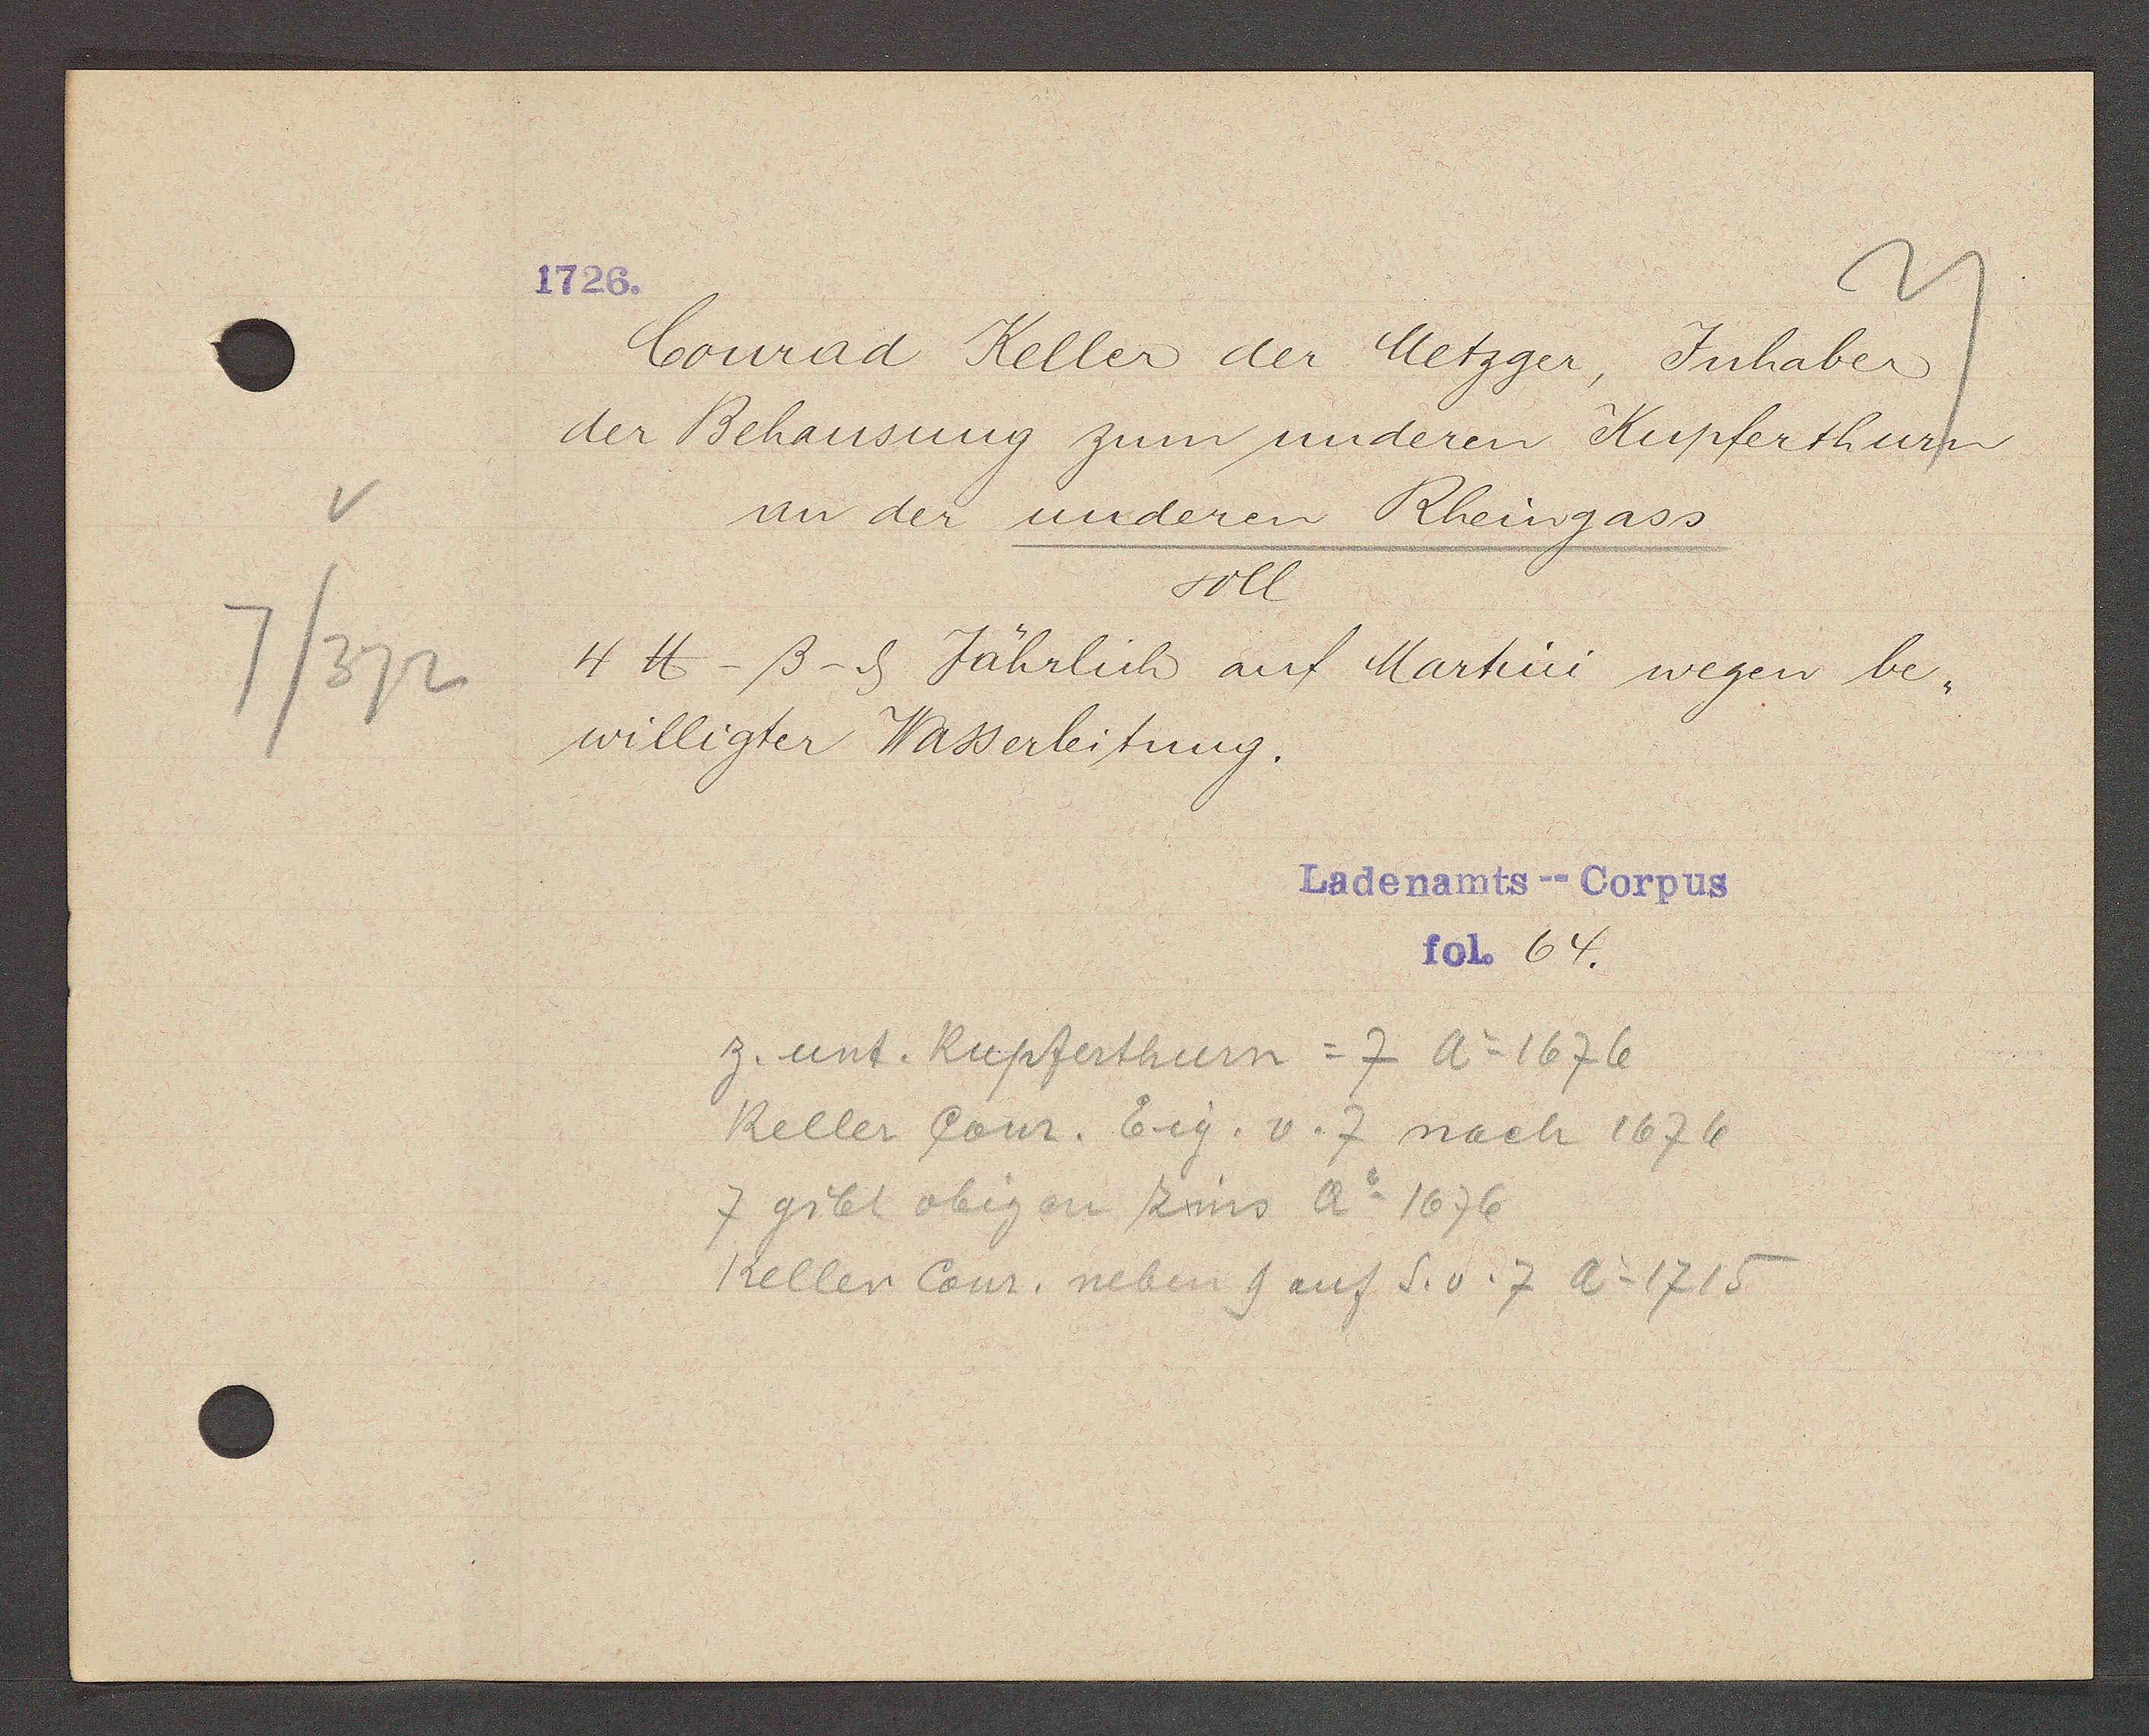
Transcript:
v
7/372

1726.

Conrad Keller der Metzger, Inhaber
der Behausung zum underen Kupferthurn
an der underen Rheingass
soll
4℔ - ß - ȡ Jährlich auf Martini wegen be¬
willigter Wasserleitung.

Ladenamts --Corpus
fol. 64.

z.unt. Kupferthurn = 7 Ao 1676
Keller Conr. Eig. v. 7 mach 1676
7 gibt obigen Zins Ao 1676
Keller Conr. neben 9 auf S. v. 7 Ao 1715